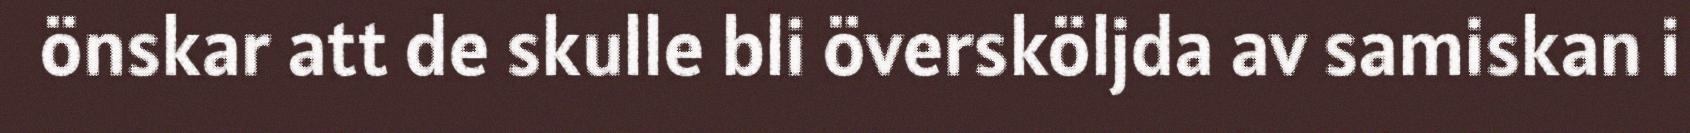
önskar att de skulle bli översköljda av samiskan i